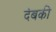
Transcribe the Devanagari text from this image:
देबकी